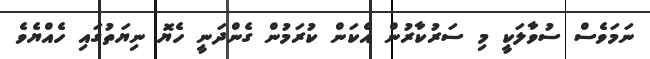
ނަމަވެސް ސުވާލަކީ މި ސަރުކާރުން އެކަން ކުރަމުން ގެންދަނީ ހެޔޮ ނިޔަތުގައި ހެއްޔެވެ